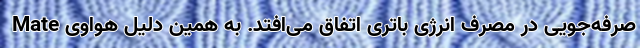
صرفه‌جویی در مصرف انرژی باتری اتفاق می‌افتد. به همین دلیل هواوی Mate